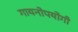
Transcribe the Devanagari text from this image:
गायनोपयोगी